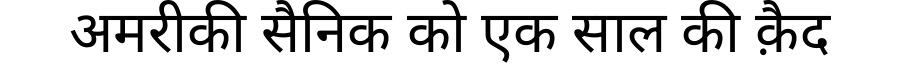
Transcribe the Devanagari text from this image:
अमरीकी सैनिक को एक साल की क़ैद